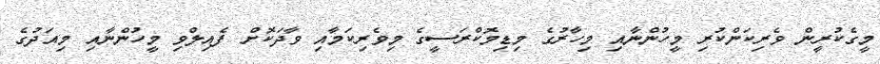
މީގެކުރީން ވެރިކަންކުރި މީހުންނާއި މިހާރުގެ މިޑިމޮކްރަސީގެ މިވެރިކަމާއި ވާދަކޮށް ފެއިލްވި މީހުންނާއި މިއަދުގެ